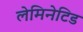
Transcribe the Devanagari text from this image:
लेमिनेटिड